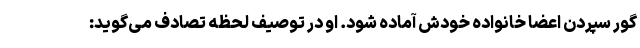
گور سپردن اعضا خانواده خودش آماده شود. او در توصیف لحظه تصادف می‌گوید: